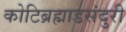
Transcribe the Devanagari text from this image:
कोटिब्रह्माडसंदुरी